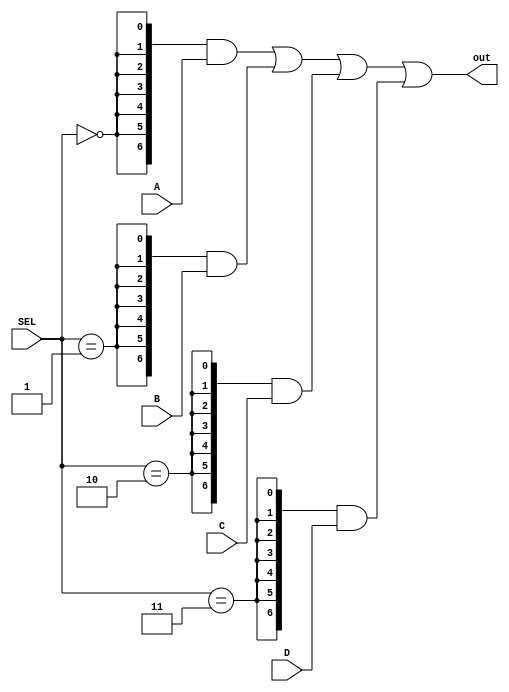
module mux_4x1( //
    input [6:0] A, B, C, D,       // Entradas de 7 bits
    input [1:0] SEL,              // Entrada de seleo de 2 bits
    output [6:0] out              // Sada de 7 bits
);
    wire [6:0] SEL_A, SEL_B, SEL_C, SEL_D; // Fios para armazenar as sadas parciais das entradas selecionadas
    wire SEL0_not, SEL1_not;               // Fios para armazenar os bits invertidos da seleo

    // Inverso dos bits de seleo
    not (SEL0_not, SEL[0]);               // Inverte o bit SEL[0]
    not (SEL1_not, SEL[1]);               // Inverte o bit SEL[1]

    // Seleo para cada bit das entradas
    assign SEL_A = {7{(SEL == 2'b00)}} & A; // Seleciona A se SEL for 00
    assign SEL_B = {7{(SEL == 2'b01)}} & B; // Seleciona B se SEL for 01
    assign SEL_C = {7{(SEL == 2'b10)}} & C; // Seleciona C se SEL for 10
    assign SEL_D = {7{(SEL == 2'b11)}} & D; // Seleciona D se SEL for 11

    // Combinao final das sadas
    assign out = SEL_A | SEL_B | SEL_C | SEL_D; // Combina as sadas selecionadas usando OR

endmodule